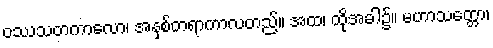
ဝဿသတကာလော၊ အနှစ်တရာကာလတည်။ အထ၊ ထိုအခါ၌။ မဟာသတ္တော၊